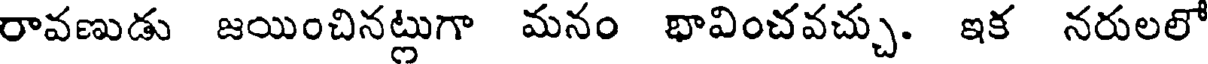
రావణుడు జయించినట్లుగా మనం భావించవచ్చు. ఇక నరులలో